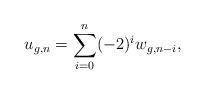
LaTeX: \begin{align*} u_{g,n}=\sum_{i=0}^n(-2)^iw_{g,n-i},\end{align*}